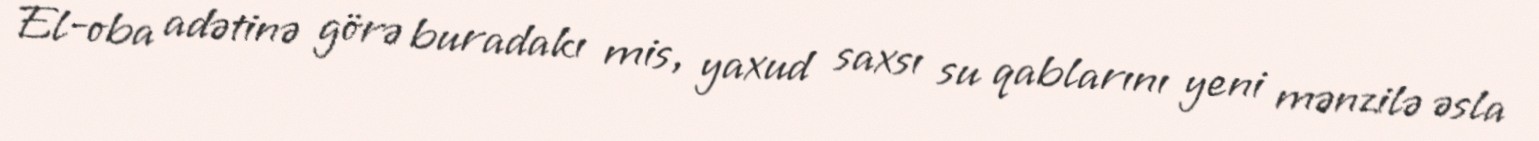
El-oba adətinə görə buradakı mis, yaxud saxsı su qablarını yeni mənzilə əsla